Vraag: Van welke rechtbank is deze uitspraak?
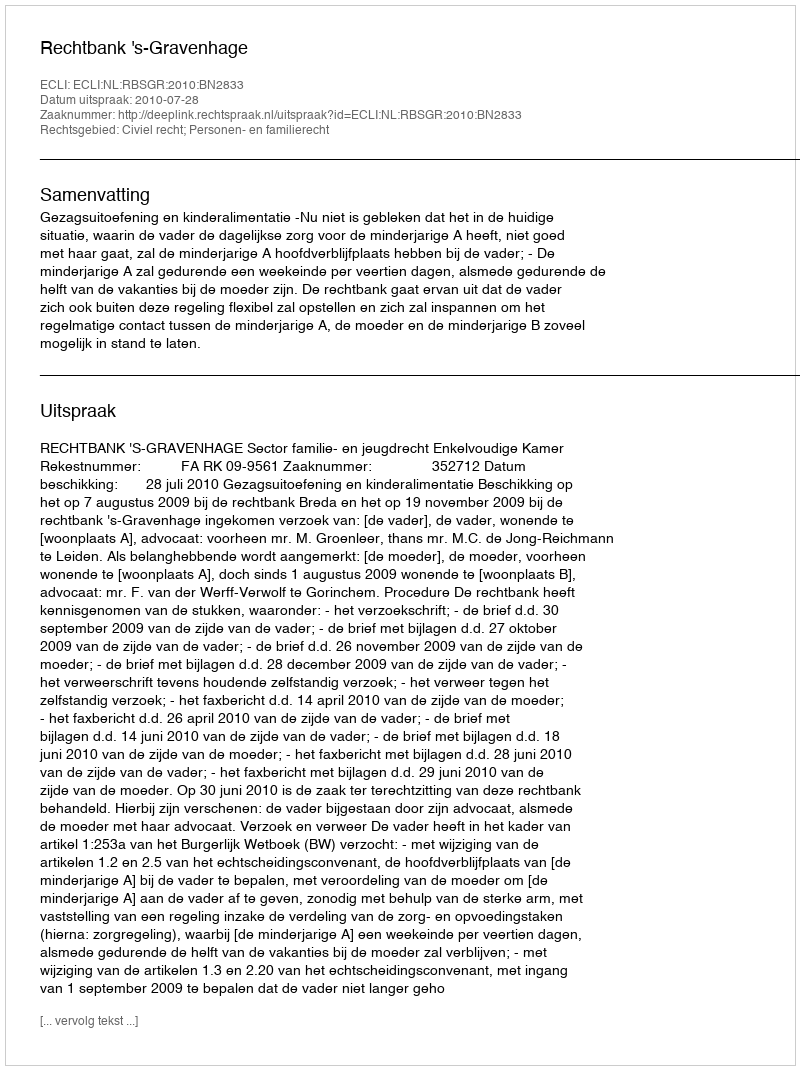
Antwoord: Rechtbank 's-Gravenhage